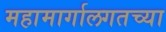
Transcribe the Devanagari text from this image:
महामार्गालगतच्या